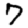
Digit: 7